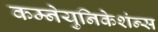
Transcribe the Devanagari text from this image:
कम्नेयुनिकेशंन्स